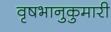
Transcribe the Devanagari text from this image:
वृषभानुकुमारी